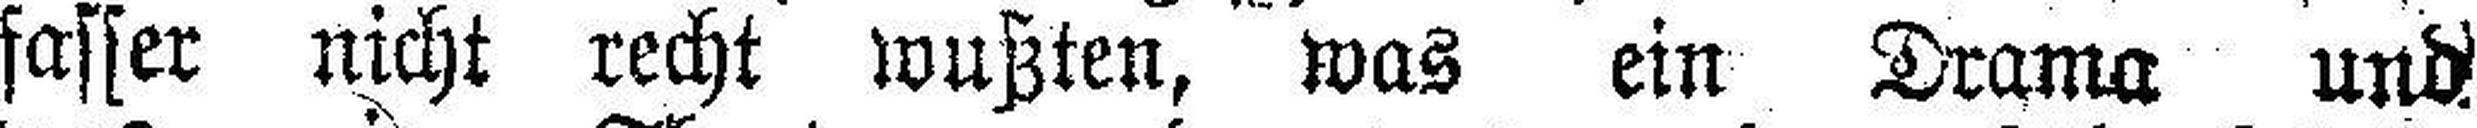
fasser nicht recht wußten, was ein Drama und